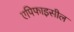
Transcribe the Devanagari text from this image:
एपिफाइसील